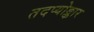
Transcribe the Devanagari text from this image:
तदप्योङ्कार